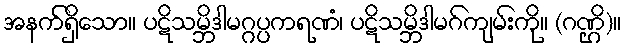
အနက်ရှိသော။ ပဋိသမ္ဘိဒါမဂ္ဂပ္ပကရဏံ၊ ပဋိသမ္ဘိဒါမဂ်ကျမ်းကို။ (ဂဏ္ဌိ)။